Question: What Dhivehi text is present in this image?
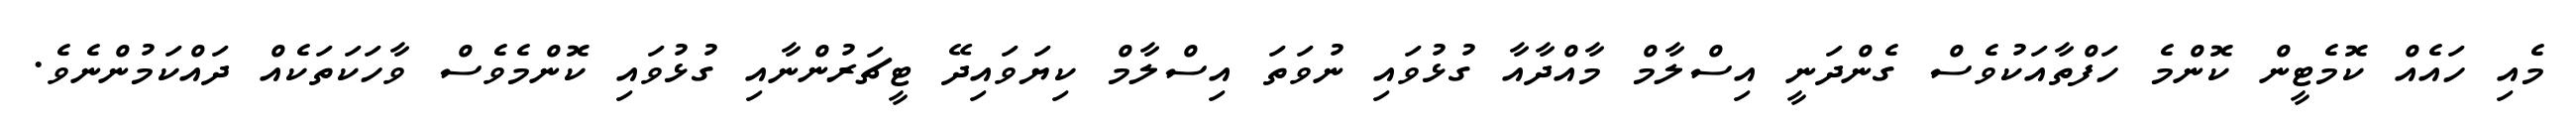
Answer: މެއި ހައެއް ކޮމެޓީން ކޮންމެ ހަފްތާއަކުވެސް ގެންދަނީ އިސްލާމް މާއްދާއާ ގުޅުވައި ނުވަތަ އިސްލާމް ކިޔަވައިދޭ ޓީޗަރުންނާއި ގުޅުވައި ކޮންމެވެސް ވާހަކަތަކެއް ދައްކަމުންނެވެ.